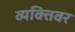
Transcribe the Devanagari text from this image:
व्यक्तिवर